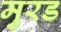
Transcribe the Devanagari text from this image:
मुरड